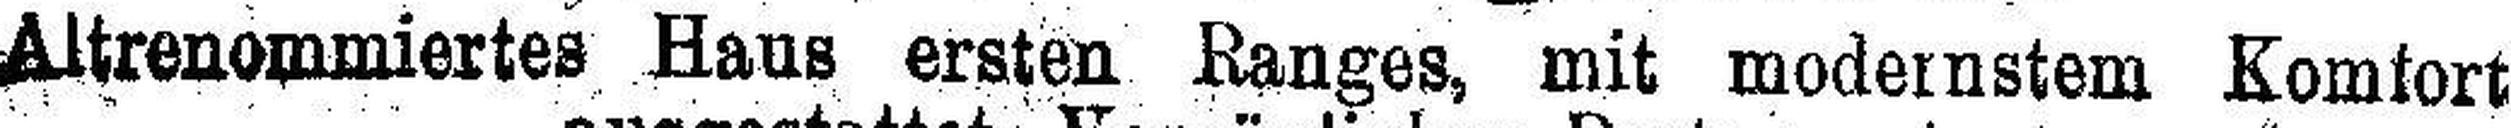
Altrenommiertes Haus ersten Ranges, mit modernstem Komfort